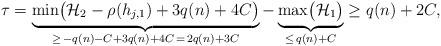
LaTeX: \begin{align*} \tau = \underbrace{\min\!\big( \mathcal{H}_2 - \rho(h_{j,1}) + 3q(n)+4C \big)}_{\ge\, -q(n)-C+3q(n)+4C \, = \, 2q(n)+3C} - \underbrace{\max\!\big( \mathcal{H}_1 \big)}_{\le\, q(n)+C} \ge q(n) + 2C, \end{align*}